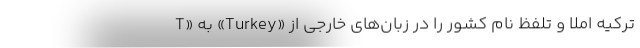
ترکیه املا و تلفظ نام کشور را در زبان‌های خارجی از «Turkey» به «T